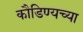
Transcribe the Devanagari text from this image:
कौडिण्यच्या